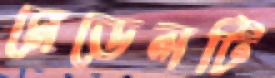
মেডেলটি